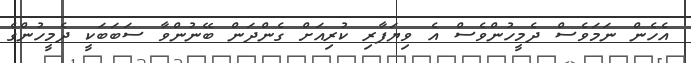
އެހެން ނަމަވެސް ދެމީހުންވެސް އެ ވިޔަފާރި ކުރިއަށް ގެންދަން ބޭނުންވާ ސަބަބަކީ ދެމީހުންގެ